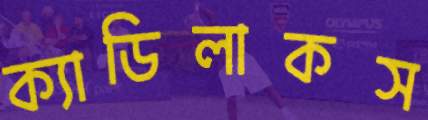
ক্যাডিলাকস